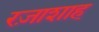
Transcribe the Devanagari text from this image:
रज़ाशाह